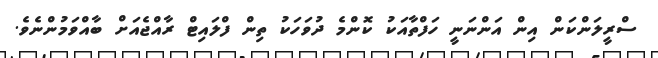
ސްރީލަންކަން އިން އަންނަނީ ހަފްތާއަކު ކޮންމެ ދުވަހަކު ތިން ފްލައިޓް ރާއްޖެއަށް ބާއްވަމުންނެވެ.